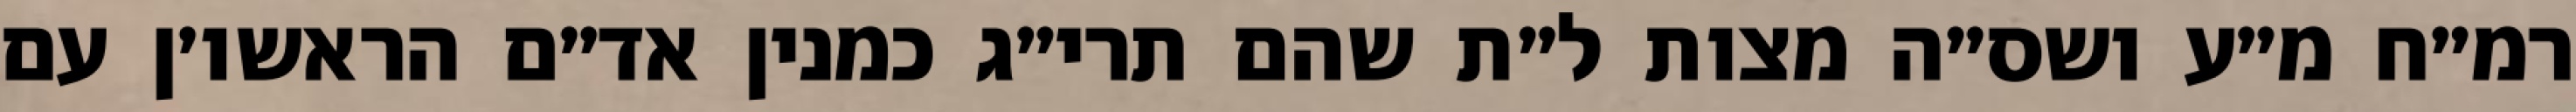
רמ״ח מ״ע ושס״ה מצות ל״ת שהם תרי״ג כמנין אד״ם הראשו׳ן עם